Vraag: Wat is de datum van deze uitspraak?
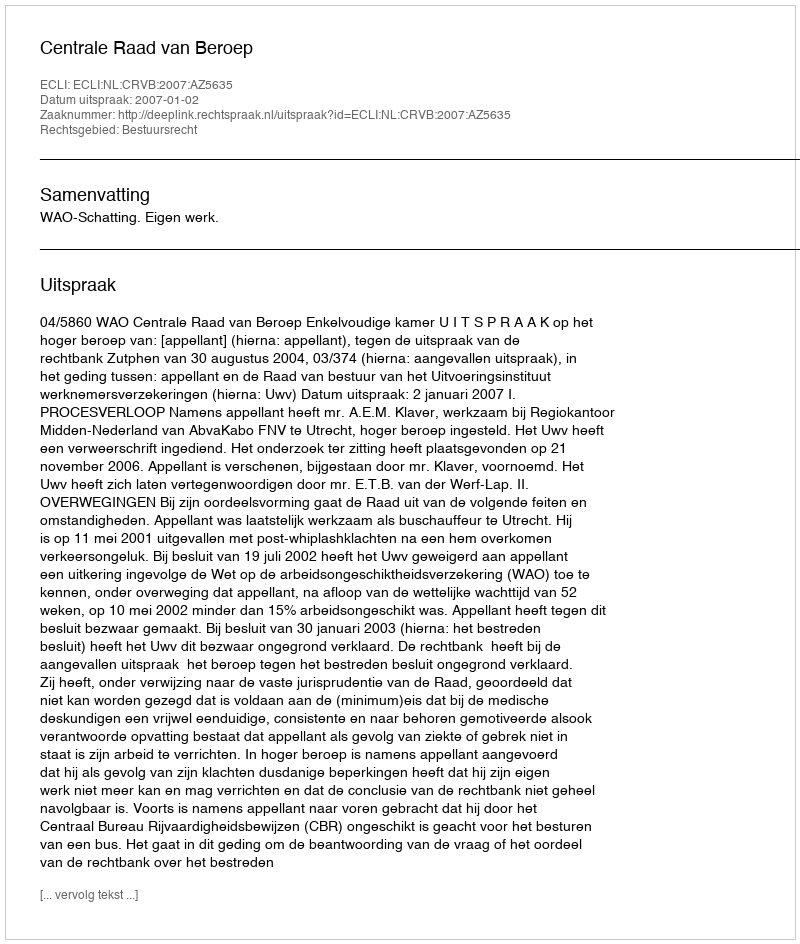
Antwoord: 2007-01-02